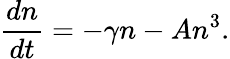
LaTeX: \frac{dn}{dt}=-\gamma n-An^{3}.